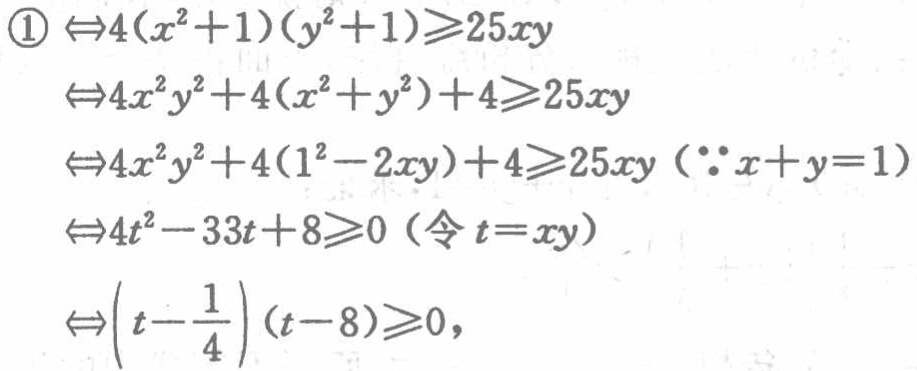
\begin{align*}

\textcircled{1}&\Leftrightarrow4(x^{2} + 1)(y^{2}+1)\geqslant25xy\\

&\Leftrightarrow4x^{2}y^{2}+4(x^{2}+y^{2}) + 4\geqslant25xy\\

&\Leftrightarrow4x^{2}y^{2}+4(1^{2}-2xy)+4\geqslant25xy\ (\because x + y = 1)\\

&\Leftrightarrow4t^{2}-33t + 8\geqslant0\ (\text{令 }t = xy)\\

&\Leftrightarrow\left(t-\frac{1}{4}\right)(t - 8)\geqslant0,

\end{align*}